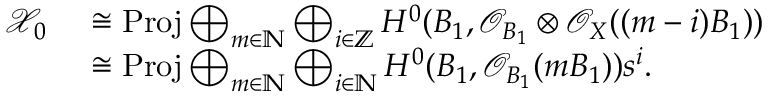
\begin{array} { r l } { \mathcal { X } _ { 0 } } & { \ \cong \mathrm { { P r o j } } \bigoplus _ { m \in \mathbb { N } } \bigoplus _ { i \in \mathbb { Z } } H ^ { 0 } ( B _ { 1 } , \mathcal { O } _ { B _ { 1 } } \otimes \mathcal { O } _ { X } ( ( m - i ) B _ { 1 } ) ) } \\ & { \ \cong { \mathrm { P r o j } } \bigoplus _ { m \in \mathbb { N } } \bigoplus _ { i \in \mathbb { N } } H ^ { 0 } ( B _ { 1 } , \mathcal { O } _ { B _ { 1 } } ( m B _ { 1 } ) ) s ^ { i } . } \end{array}